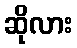
ဆိုလား